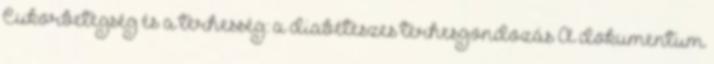
Cukorbetegség és a terhesség: a diabéteszes terhesgondozás A dokumentum